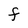
Character: F